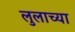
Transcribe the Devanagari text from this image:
लुलाच्या